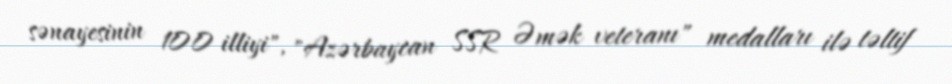
sənayesinin 100 illiyi", "Azərbaycan SSR Əmək veteranı" medalları ilə təltif